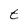
Character: t